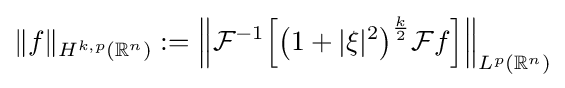
\|f\|_{H^{k,p}(\mathbb {R} ^{n})}:=\left\|{\mathcal {F}}^{-1}{\Big [}{\big (}1+|\xi |^{2}{\big )}^{\frac {k}{2}}{\mathcal {F}}f{\Big ]}\right\|_{L^{p}(\mathbb {R} ^{n})}